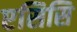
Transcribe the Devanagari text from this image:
एसिसि